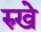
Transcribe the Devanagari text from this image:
रुखे